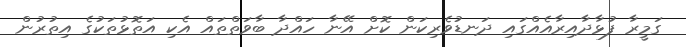
ގަމީރާ ފުޅާދާއިރާއެއްގައި ދަނޑުވެރިކަން ކޮށް އޭނާ ހައްދާ ބާވަތްތައް އެކި އަތޮޅުތަކުގެ އިތުރުން